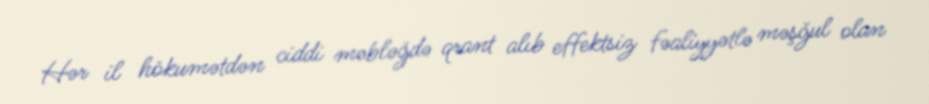
Hər il hökumətdən ciddi məbləğdə qrant alıb effektsiz fəaliyyətlə məşğul olan